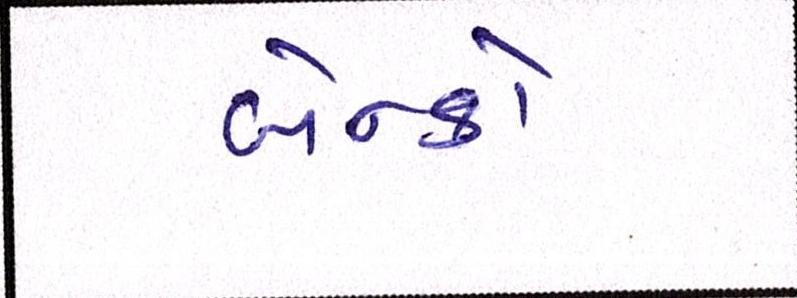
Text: બેન્કો